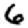
Digit: 6